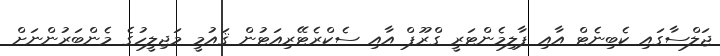
ޖަލްސާގައި ކެބިނެޓް އާއި ޕާލިމެންޓަރީ ގްރޫޕް އާއި ސެކްރެޓޭރިއަޓުން ޤައުމީ މަޖިލީހުގެ މެންބަރުންނަށް